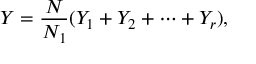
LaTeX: Y = { \frac { N } { N _ { 1 } } } ( Y _ { 1 } + Y _ { 2 } + \cdots + Y _ { r } ) ,